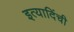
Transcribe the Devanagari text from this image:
इत्यादिंची